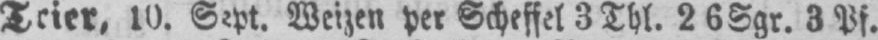
Trier, 10. Sept. Weizen per Scheffel 3 Thl. 26 Sgr. 3 Pf.